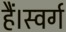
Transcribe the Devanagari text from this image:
हैं।स्वर्ग